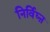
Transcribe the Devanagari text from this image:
निर्विघ्ऩ